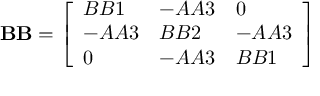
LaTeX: \mathbf { B B } = { \left[ \begin{array} { l l l } { B B 1 } & { - A A 3 } & { 0 } \\ { - A A 3 } & { B B 2 } & { - A A 3 } \\ { 0 } & { - A A 3 } & { B B 1 } \end{array} \right] }